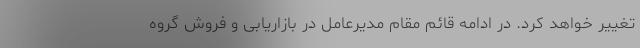
تغییر خواهد کرد. در ادامه قائم مقام مدیرعامل در بازاریابی و فروش گروه